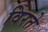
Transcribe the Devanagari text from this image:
विरते